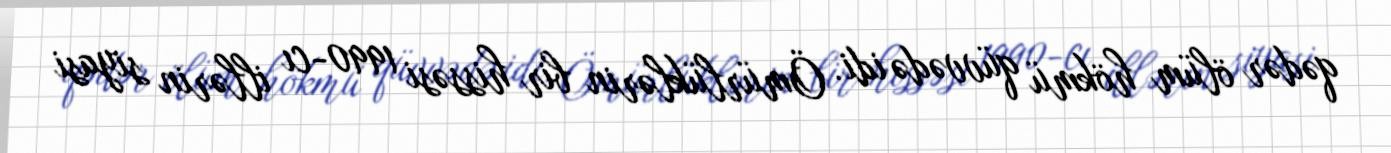
qədər ölüm hökmü qüvvədə idi. Ömürlüklərin bir hissəsi 1990-cı illərin siyasi